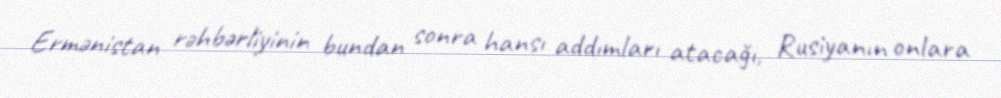
Ermənistan rəhbərliyinin bundan sonra hansı addımları atacağı, Rusiyanın onlara